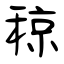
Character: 稤